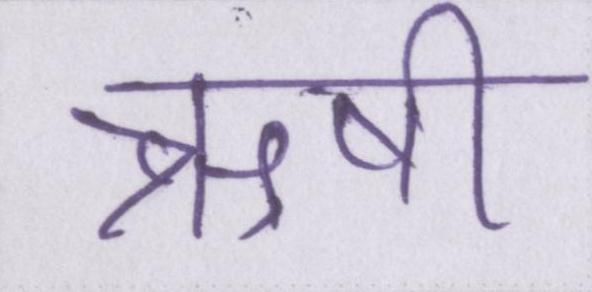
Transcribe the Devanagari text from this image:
ऋषी